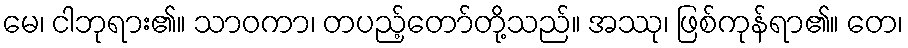
မေ၊ ငါဘုရား၏။ သာဝကာ၊ တပည့်တော်တို့သည်။ အဿု၊ ဖြစ်ကုန်ရာ၏။ တေ၊